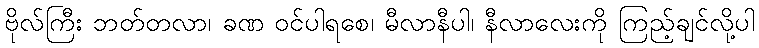
ဗိုလ်ကြီး ဘတ်တလာ၊ ခဏ ဝင်ပါရစေ၊ မီလာနီပါ၊ နီလာလေးကို ကြည့်ချင်လို့ပါ